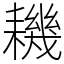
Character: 耭